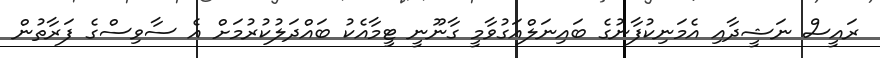
ރައީސް ނަޝީދާއި އެމަނިކުފާނުގެ ބައިނަލްއަގުވާމީ ގާނޫނީ ޓީމާއެކު ބައްދަލުކުރުމަށް އެ ސާވިސްގެ ފަރާތުން